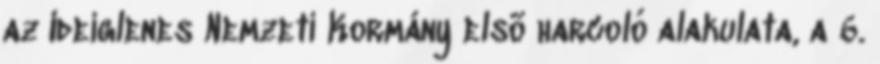
az Ideiglenes Nemzeti Kormány elsõ harcoló alakulata, a 6.